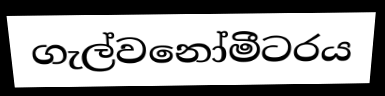
ගැල්වනෝමීටරය